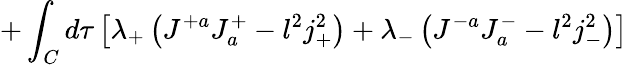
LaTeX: +\int_{C}d\tau\left[\lambda_{+}\left(J^{+a}J_{a}^{+}-l^{2}j_{+}^{2}\right)+\lambda_{-}\left(J^{-a}J_{a}^{-}-l^{2}j_{-}^{2}\right)\right]